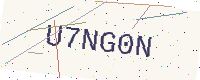
Text: U7NG0N